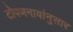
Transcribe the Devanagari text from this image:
टोपणनावांनुसार